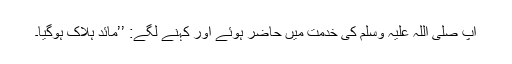
آپ صلی اللہ علیہ وسلم کی خدمت میں حاضر ہوئے اور کہنے لگے: ’’مائد ہلاک ہوگیا۔